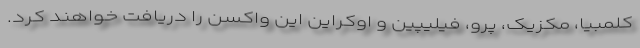
کلمبیا، مکزیک، پرو، فیلیپین و اوکراین این واکسن را دریافت خواهند کرد.